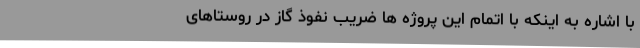
با اشاره به اینکه با اتمام این پروژه ها ضریب نفوذ گاز در روستاهای